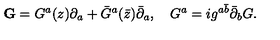
{ \bf G } = G ^ { a } ( z ) \partial _ { a } + { \bar { G } } ^ { a } ( { \bar { z } } ) { \bar { \partial } } _ { a } , \quad G ^ { a } = i g ^ { a \bar { b } } { \bar { \partial } } _ { b } G .